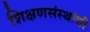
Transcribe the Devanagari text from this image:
शिक्षणसंस्थांची